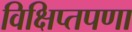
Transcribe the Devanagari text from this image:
विक्षिप्तपणा